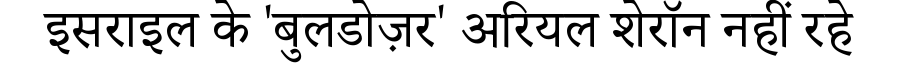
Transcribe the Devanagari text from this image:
इसराइल के 'बुलडोज़र' अरियल शेरॉन नहीं रहे